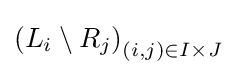
\left(L_{i}\setminus R_{j}\right)_{(i,j)\in I\times J}